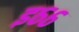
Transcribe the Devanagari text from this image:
इ६६